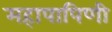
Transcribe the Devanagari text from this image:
महापापिणी